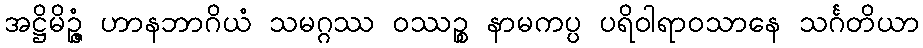
အဋ္ဌိမိဉ္ဇံ ဟာနဘာဂိယံ သမဂ္ဂဿ ဝဿဉ္စ နာမကပ္ပ ပရိဝါရာဝသာနေ သင်္ဂတိယာ